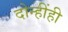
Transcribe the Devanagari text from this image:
दोन्हींही